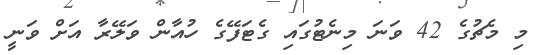
މި މެޗުގެ 42 ވަނަ މިނެޓުގައި ގެޓަފޭގެ ހުއާން ވަލޭރާ އަށް ވަނީ